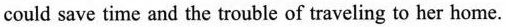
could save time and the trouble of traveling to her home.